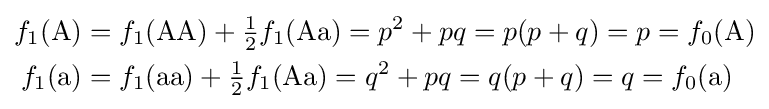
{\begin{aligned}f_{1}({\text{A}})&=f_{1}({\text{AA}})+{\tfrac {1}{2}}f_{1}({\text{Aa}})=p^{2}+pq=p(p+q)=p=f_{0}({\text{A}})\\f_{1}({\text{a}})&=f_{1}({\text{aa}})+{\tfrac {1}{2}}f_{1}({\text{Aa}})=q^{2}+pq=q(p+q)=q=f_{0}({\text{a}})\end{aligned}}